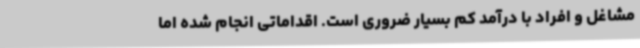
مشاغل و افراد با درآمد کم بسیار ضروری است. اقداماتی انجام شده اما